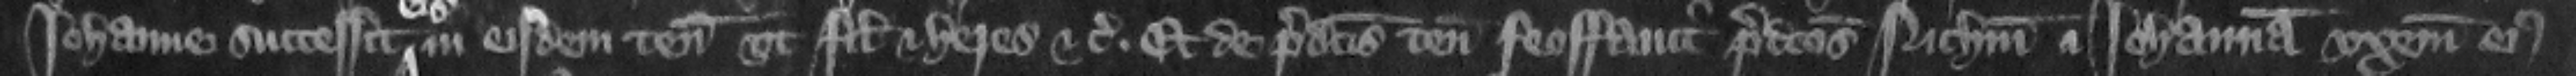
Iohanne successit eis in eisdem tenementis vt filius et heres etc. Et de predictis tenementis feoffauit predictos Nicholaum et Iohannam vxorem eius